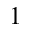
1